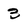
Character: 3